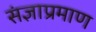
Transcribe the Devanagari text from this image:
संज्ञाप्रमाण